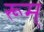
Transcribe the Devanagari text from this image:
रूम्